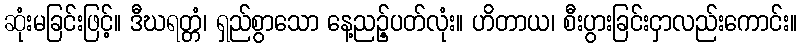
ဆုံးမခြင်းဖြင့်။ ဒီဃရတ္တံ၊ ရှည်စွာသော နေ့ညဉ့်ပတ်လုံး။ ဟိတာယ၊ စီးပွားခြင်းငှာလည်းကောင်း။